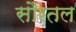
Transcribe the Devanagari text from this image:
सौरतल